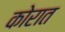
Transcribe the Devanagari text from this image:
कोरात